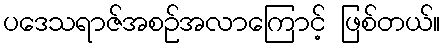
ပဒေသရာဇ်အစဉ်အလာကြောင့် ဖြစ်တယ်။